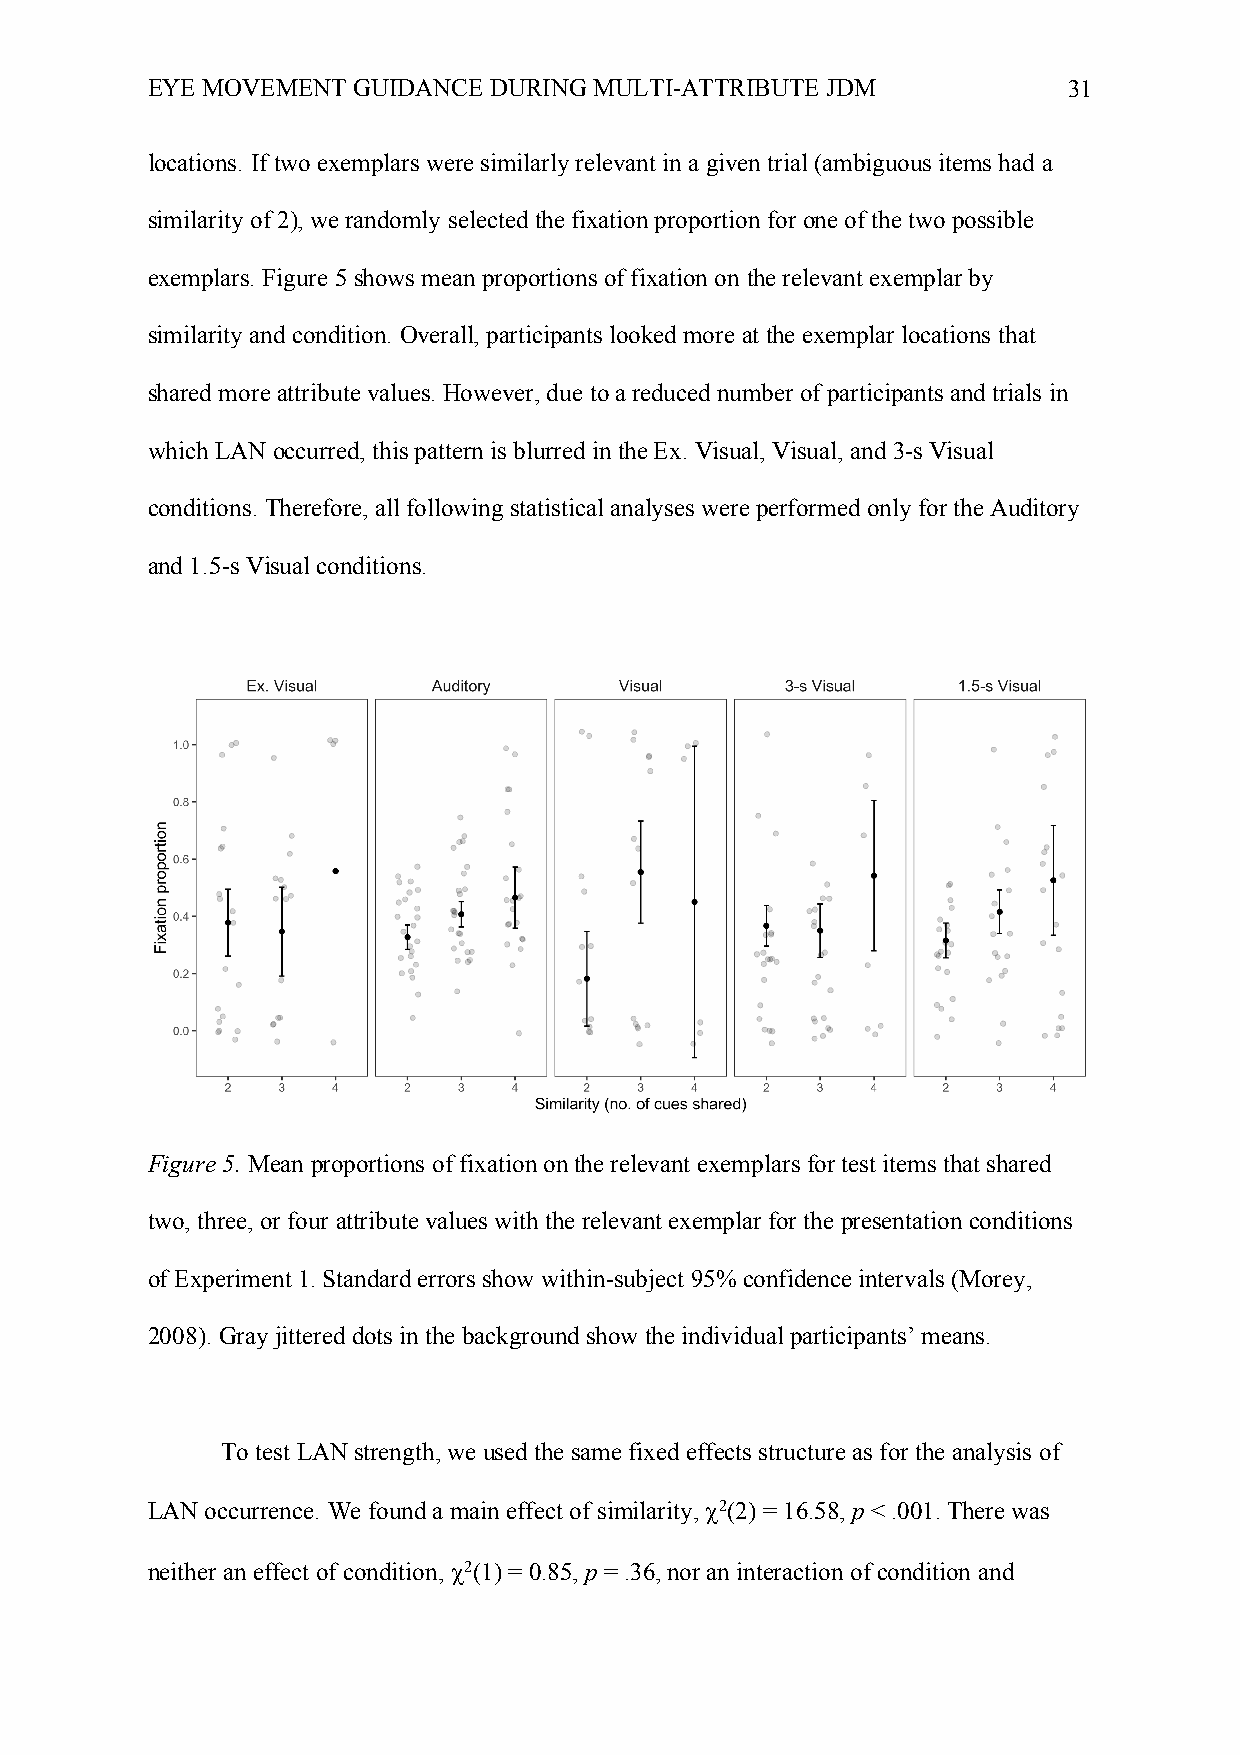
EYE MOVEMENT GUIDANCE DURING MULTI-ATTRIBUTE JDM             31
 locations. If two exemplars were similarly relevant in a given trial (ambiguous items had a
 similarity of 2), we randomly selected the fixation proportion for one of the two possible
 exemplars. Figure 5 shows mean proportions of fixation on the relevant exemplar by
 similarity and condition. Overall, participants looked more at the exemplar locations that
 shared more attribute values. However, due to a reduced number of participants and trials in
 which LAN occurred, this pattern is blurred in the Ex. Visual, Visual, and 3-s Visual
 conditions. Therefore, all following statistical analyses were performed only for the Auditory
 and 1.5-s Visual conditions.
 Figure 5. Mean proportions of fixation on the relevant exemplars for test items that shared
 two, three, or four attribute values with the relevant exemplar for the presentation conditions
 of Experiment 1. Standard errors show within-subject 95% confidence intervals (Morey,
 2008). Gray jittered dots in the background show the individual participants’ means.
 To test LAN strength, we used the same fixed effects structure as for the analysis of
 LAN occurrence. We found a main effect of similarity, c2(2) = 16.58, p < .001. There was
 neither an effect of condition, c2(1) = 0.85, p = .36, nor an interaction of condition and